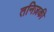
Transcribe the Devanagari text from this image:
तनिज़की